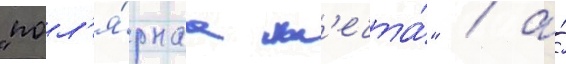
"пол'я́рнаа м'ечта́" / а́